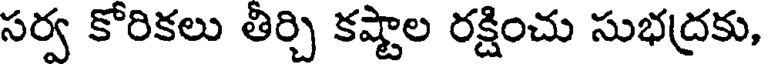
సర్వ కోరికలు తిర్చి కష్టాల రక్షించు సుభద్రకు,